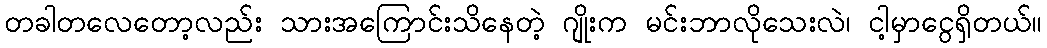
တခါတလေတော့လည်း သားအကြောင်းသိနေတဲ့ ဂျိုးက မင်းဘာလိုသေးလဲ၊ ငါ့မှာငွေရှိတယ်။